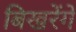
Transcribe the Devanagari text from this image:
बिखरेंगे